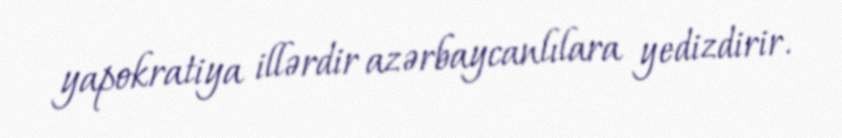
yapokratiya illərdir azərbaycanlılara yedizdirir.